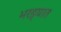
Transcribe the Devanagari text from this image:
भरड्यात